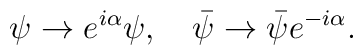
\psi\rightarrow e^{i\alpha}\psi,\ \ \ \bar{\psi}\rightarrow\bar{\psi}e^{-i\alpha}.